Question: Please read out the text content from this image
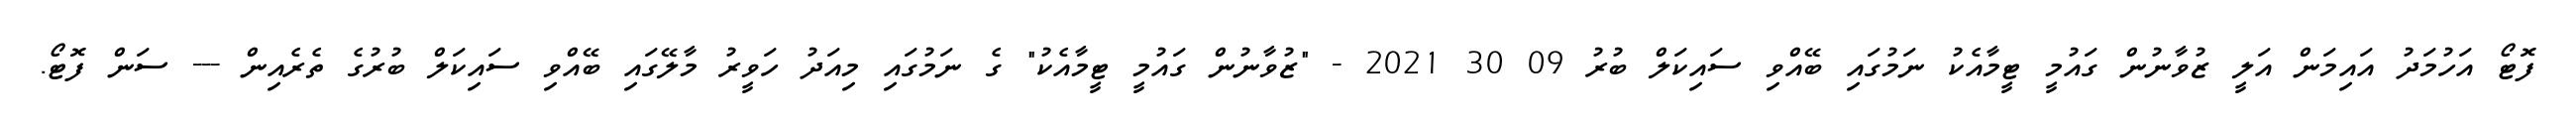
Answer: ފޮޓޯ އަހުމަދު އައިމަން އަލީ ޒުވާނުން ގައުމީ ޓީމާއެކު ނަމުގައި ބޭއްވި ސައިކަލް ބުރު 09 30 2021 - "ޒުވާނުން ގައުމީ ޓީމާއެކު" ގެ ނަމުގައި މިއަދު ހަވީރު މާލޭގައި ބޭއްވި ސައިކަލް ބުރުގެ ތެރެއިން --- ސަން ފޮޓޯ.